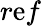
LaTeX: r\mathrm{e}f